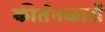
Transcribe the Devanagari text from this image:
कीर्तनकारों